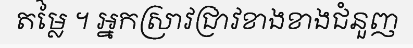
តម្លៃ ។ អ្នកស្រាវជ្រាវខាងខាងជំនួញ